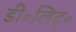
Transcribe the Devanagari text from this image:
डी॰लिट्॰